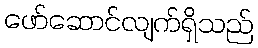
ဖော်ဆောင်လျက်ရှိသည်